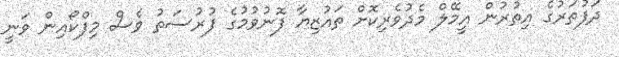
ދަފުތަރުގެ އިތުރުން އީމޭލް މެދުވެރިކޮށް ތައުޒިޔާ ފޮނުވުމުގެ ފުރުސަތު ވެސް މިފްކޯއިން ވަނީ